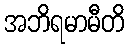
အဘိရမာမီတိ